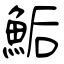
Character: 鮜